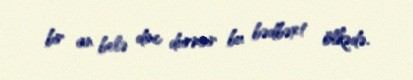
bir an belə dinc durmur bu bədbəxt ölkədə.